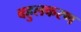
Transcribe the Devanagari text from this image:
बहुलकरण